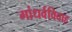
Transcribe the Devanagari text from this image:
गांधर्वविवाह